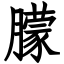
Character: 朦